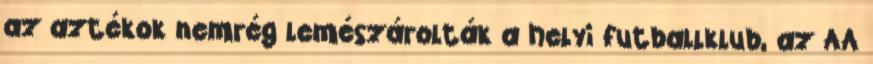
az aztékok nemrég lemészárolták a helyi futballklub, az AA